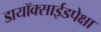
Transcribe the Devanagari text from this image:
डायॉक्साईडपेक्षा